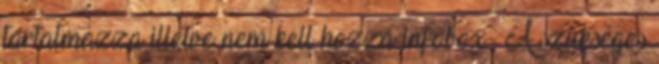
tartalmazza illetve nem kell hozzá infobox . A szükséges